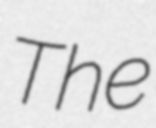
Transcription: The